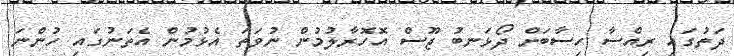
ދަތުގައި ރިއްސާ ހިސާބަށް ދޯޅަނބު ޖޫސް އޮހޮރާލުމުން ނުވަތަ އެޅުމުން އެތަނުގައި ހުންނަ